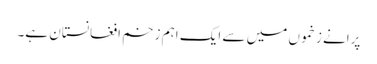
پرانے زخموں میں سے ایک اہم زخم افغانستان ہے۔